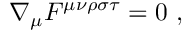
\nabla _ { \mu } F ^ { \mu \nu \rho \sigma \tau } = 0 ~ ,